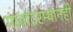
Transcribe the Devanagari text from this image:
गावांदरम्यानही